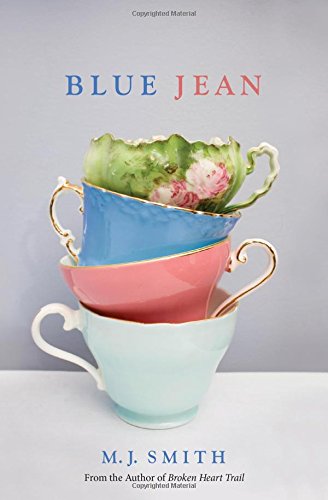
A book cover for Blue Jean; Marijo Smith; Romance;